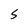
Character: 5